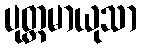
ပုတ္တမာယုသာ